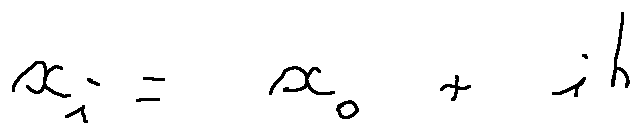
x _ { i } = x _ { 0 } + i h